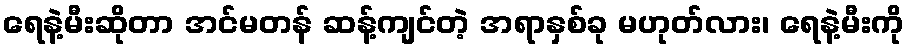
ရေနဲ့မီးဆိုတာ အင်မတန် ဆန့်ကျင်တဲ့ အရာနှစ်ခု မဟုတ်လား၊ ရေနဲ့မီးကို